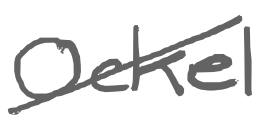
Text: Ockel
Cross-out: diagonal
Writing tool: digital_gray